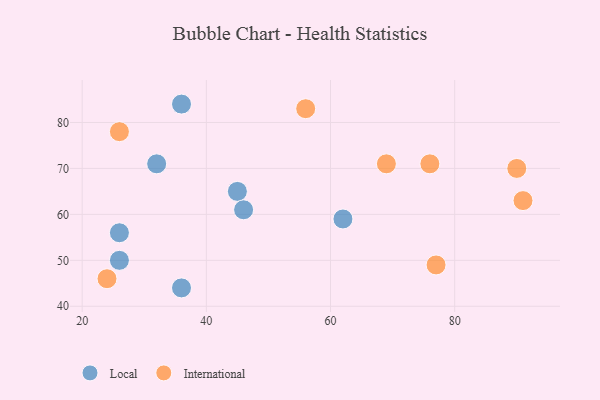
{"axis": {"x": "GDP", "y": "Life Expectancy"}, "legend": ["International", "Local"], "data": [{"x": "45", "y": 65, "type": "Local"}, {"x": "26", "y": 56, "type": "Local"}, {"x": "62", "y": 59, "type": "Local"}, {"x": "26", "y": 50, "type": "Local"}, {"x": "36", "y": 44, "type": "Local"}, {"x": "46", "y": 61, "type": "Local"}, {"x": "36", "y": 84, "type": "Local"}, {"x": "32", "y": 71, "type": "Local"}, {"x": "24", "y": 46, "type": "International"}, {"x": "56", "y": 83, "type": "International"}, {"x": "76", "y": 71, "type": "International"}, {"x": "91", "y": 63, "type": "International"}, {"x": "90", "y": 70, "type": "International"}, {"x": "69", "y": 71, "type": "International"}, {"x": "26", "y": 78, "type": "International"}, {"x": "77", "y": 49, "type": "International"}]}